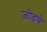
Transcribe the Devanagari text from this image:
जोडवे